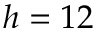
h = 1 2